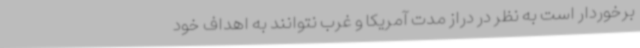
برخوردار است به نظر در دراز مدت آمریکا و غرب نتوانند به اهداف خود